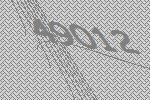
49012